Vaccine operations Central Provinces 1868-1885 - 1868-1885
Year: 1868
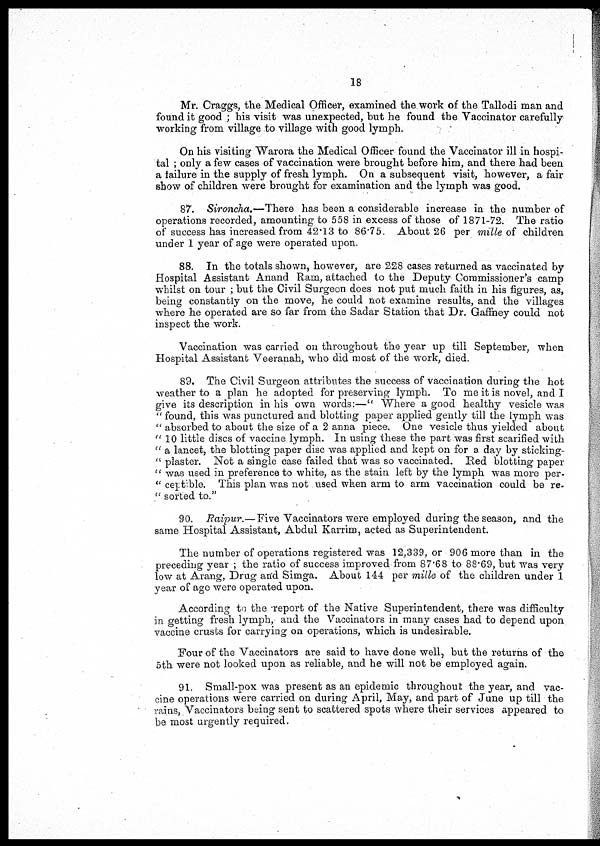
18
Mr. Craggs, the Medical Officer, examined the work of the Tallodi man and
found it good ; his visit was unexpected, but he found the Vaccinator carefully
working from village to village with good lymph.
On his visiting Warora the Medical Officer found the Vaccinator ill in hospi-
tal ; only a few cases of vaccination were brought before him, and there had been
a failure in the supply of fresh lymph. On a subsequent visit, however, a fair
show of children were brought for examination and the lymph was good.
87. Sironcha.— There has been a considerable increase in the number of
operations recorded, amounting to 558 in excess of those of 1871-72. The ratio
of success has increased from 42.13 to 86.75. About 26 per mille of children
under 1 year of age were operated upon.
88. In the totals shown, however, are 228 cases returned as vaccinated by
Hospital Assistant Anand Ram, attached to the Deputy Commissioner's camp
whilst on tour ; but the Civil Surgeon does not put much faith in his figures, as,
being constantly on the move, he could not examine results, and the villages
where he operated are so far from the Sadar Station that Dr. Gaffney could not
inspect the work.
Vaccination was carried on throughout the year up till September, when
Hospital Assistant Veeranah, who did most of the work, died.
89. The Civil Surgeon attributes the success of vaccination during the hot
weather to a plan he adopted for preserving lymph. To me it is novel, and I
give its description in his own words:—" Where a good healthy vesicle was
" found, this was punctured and blotting paper applied gently till the lymph was
" absorbed to about the size of a 2 anna piece. One vesicle thus yielded about
"10 little discs of vaccine lymph. In using these the part was first scarified with
" a lancet, the blotting paper disc was applied and kept on for a day by sticking¬
" plaster. Not a single case failed that was so vaccinated. Red blotting paper
" was used in preference to white, as the stain left by the lymph was more per¬
" ceptible. This plan was not used when arm to arm vaccination could be re¬
" sorted to."
90. Raipur.— Five Vaccinators were employed during the season, and the
same Hospital Assistant, Abdul Karrim, acted as Superintendent.
The number of operations registered was 12,339, or 906 more than in the
preceding year ; the ratio of success improved from 87.68 to 88.69, but was very
low at Arang, Drug and Simga. About 144 per mille of the children under 1
year of age were operated upon.
According to the report of the Native Superintendent, there was difficulty
in getting fresh lymph, and the Vaccinators in many cases had to depend upon
vaccine crusts for carrying on operations, which is undesirable.
Four of the Vaccinators are said to have done well, but the returns of the
5th were not looked upon as reliable, and he will not be employed again.
91. Small-pox was present as an epidemic throughout the year, and vac-
cine operations were carried on during April, May, and part of June up till the
rains, Vaccinators being sent to scattered spots where their services appeared to
be most urgently required.